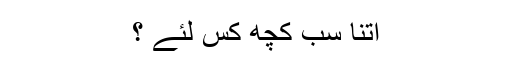
اتنا سب کچھ کس لئے ؟